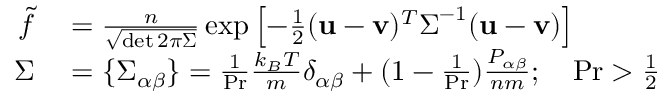
\begin{array} { r l } { \Tilde { f } } & { { } = \frac { n } { \sqrt { \operatorname* { d e t } 2 \pi \boldsymbol { \Sigma } } } \exp \left[ - \frac { 1 } { 2 } ( \mathbf { u } - \mathbf { v } ) ^ { T } \boldsymbol { \Sigma } ^ { - 1 } ( \mathbf { u } - \mathbf { v } ) \right] } \\ { \boldsymbol { \Sigma } } & { { } = \{ \Sigma _ { \alpha \beta } \} = \frac { 1 } { \operatorname* { P r } } \frac { k _ { B } T } { m } \delta _ { \alpha \beta } + ( 1 - \frac { 1 } { \operatorname* { P r } } ) \frac { P _ { \alpha \beta } } { n m } ; \quad \operatorname* { P r } > \frac { 1 } { 2 } } \end{array}